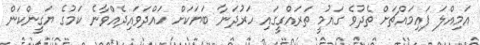
އަމިއްލަ ފައިމައްޗަށް ތެދުވެ ގައުމީ ތަރައްގީގައި ހަރުދަނާ ބަޔަކަށް ހައްދަވައިދެއްވާނެ ކަމުގެ ޔަގީންކަން